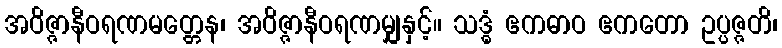
အဝိဇ္ဇာနီဝရဏမတ္တေန၊ အဝိဇ္ဇာနီဝရဏမျှနှင့်။ သဒ္ဓံ ဧကဓာဝ ဧကတော ဥပ္ပဇ္ဇတိ၊